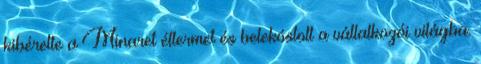
kibérelte a Minaret éttermet és belekóstolt a vállalkozói világba.